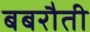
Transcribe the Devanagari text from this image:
बबरौती